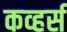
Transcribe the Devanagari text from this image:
कव्हर्स